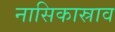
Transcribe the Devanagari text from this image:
नासिकास्राव